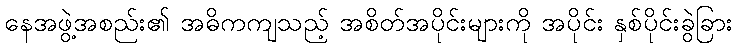
နေအဖွဲ့အစည်း၏ အဓိကကျသည့် အစိတ်အပိုင်းများကို အပိုင်း နှစ်ပိုင်းခွဲခြား